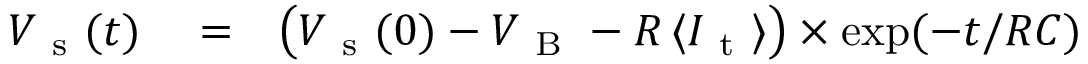
\begin{array} { r l r } { V _ { \mathrm { ~ s ~ } } ( t ) } & { { } = } & { \big ( V _ { \mathrm { ~ s ~ } } ( 0 ) - V _ { \mathrm { ~ B ~ } } - R \, \langle I _ { \mathrm { ~ t ~ } } \rangle \big ) \times \exp ( - t / R C ) } \end{array}